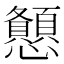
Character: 𢥨